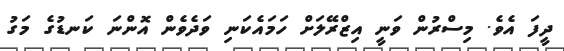
ދީފަ އެވެ. މިސްރުން ވަނީ އިޒްރޭލަށް ހަމައެކަނި ވަދެވެން އޮންނަ ކަނޑުގެ މަގު